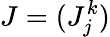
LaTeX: J=(J_{j}^{k})